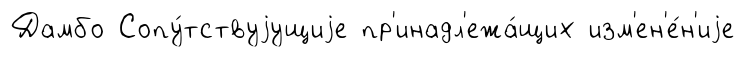
Дамбо Сопу́тствуjущиjе пр'инадл'ежа́щих изм'ен'е́н'иjе